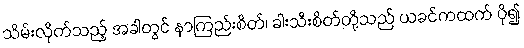
သိမ်းလိုက်သည့် အခါတွင် နာကြည်းစိတ်၊ ခါးသီးစိတ်တို့သည် ယခင်ကထက် ပို၍